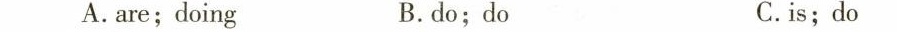
A.are;doing B.do;do C.is;do